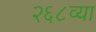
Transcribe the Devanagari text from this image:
२६८व्या